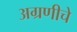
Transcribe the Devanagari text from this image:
अग्रणीचे